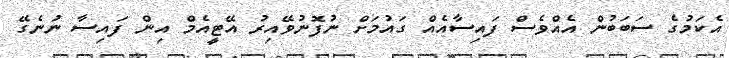
އެކަމުގެ ސަބަބުން އެއްވެސް ފައިސާއެއް ގައުމަށް ނުފޮނުވޭއިރު އޭޓީއެމް އިން ފައިސާ ނުނެގޭ